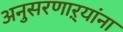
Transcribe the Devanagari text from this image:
अनुसरणाऱ्यांना